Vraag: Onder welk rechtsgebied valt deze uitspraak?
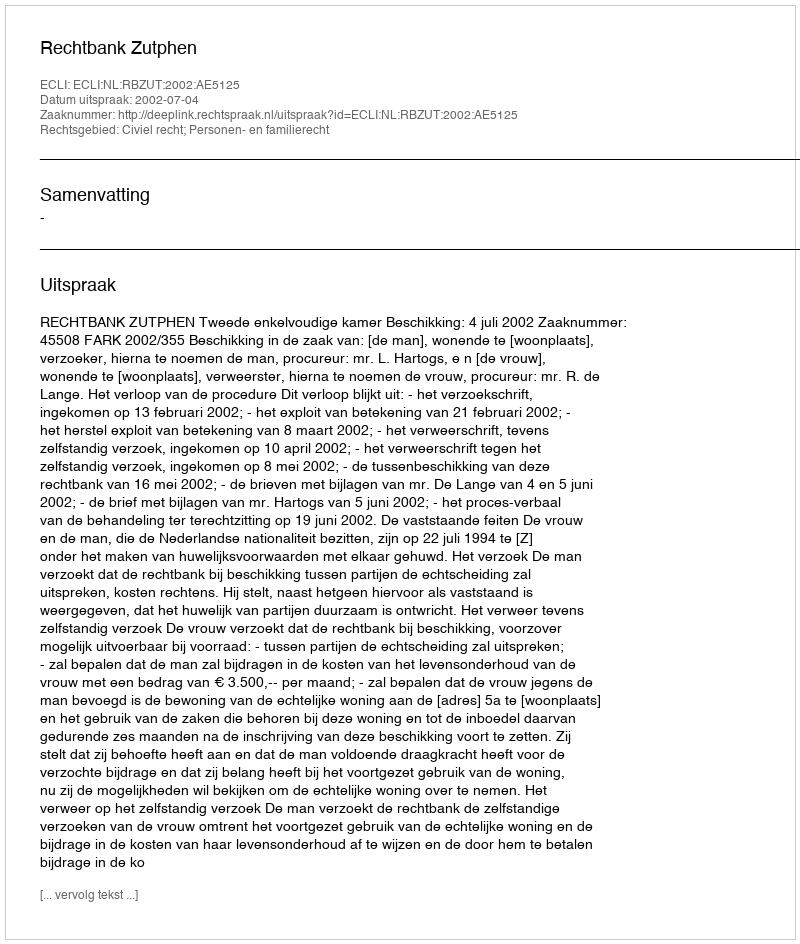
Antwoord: Civiel recht; Personen- en familierecht